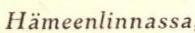
Hämeenlinnassa